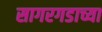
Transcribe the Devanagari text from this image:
सागरगडाच्या